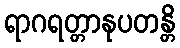
ရာဂရတ္တာနုပတန္တိ